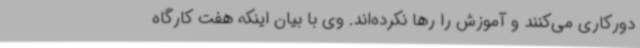
دورکاری می‌کنند و آموزش را رها نکرده‌اند. وی با بیان اینکه هفت کارگاه